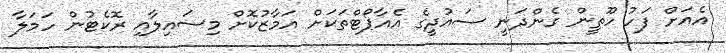
އެއަށް ފަހު ހޫތީން ގެންދަނީ ސައުދީގެ އެއާޕޯޓްތަކަށް އަމާޒުކޮށް މިސައިލާއި ރޮކެޓުން ހަމަލާ